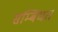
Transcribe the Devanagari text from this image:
सम्बिंधत